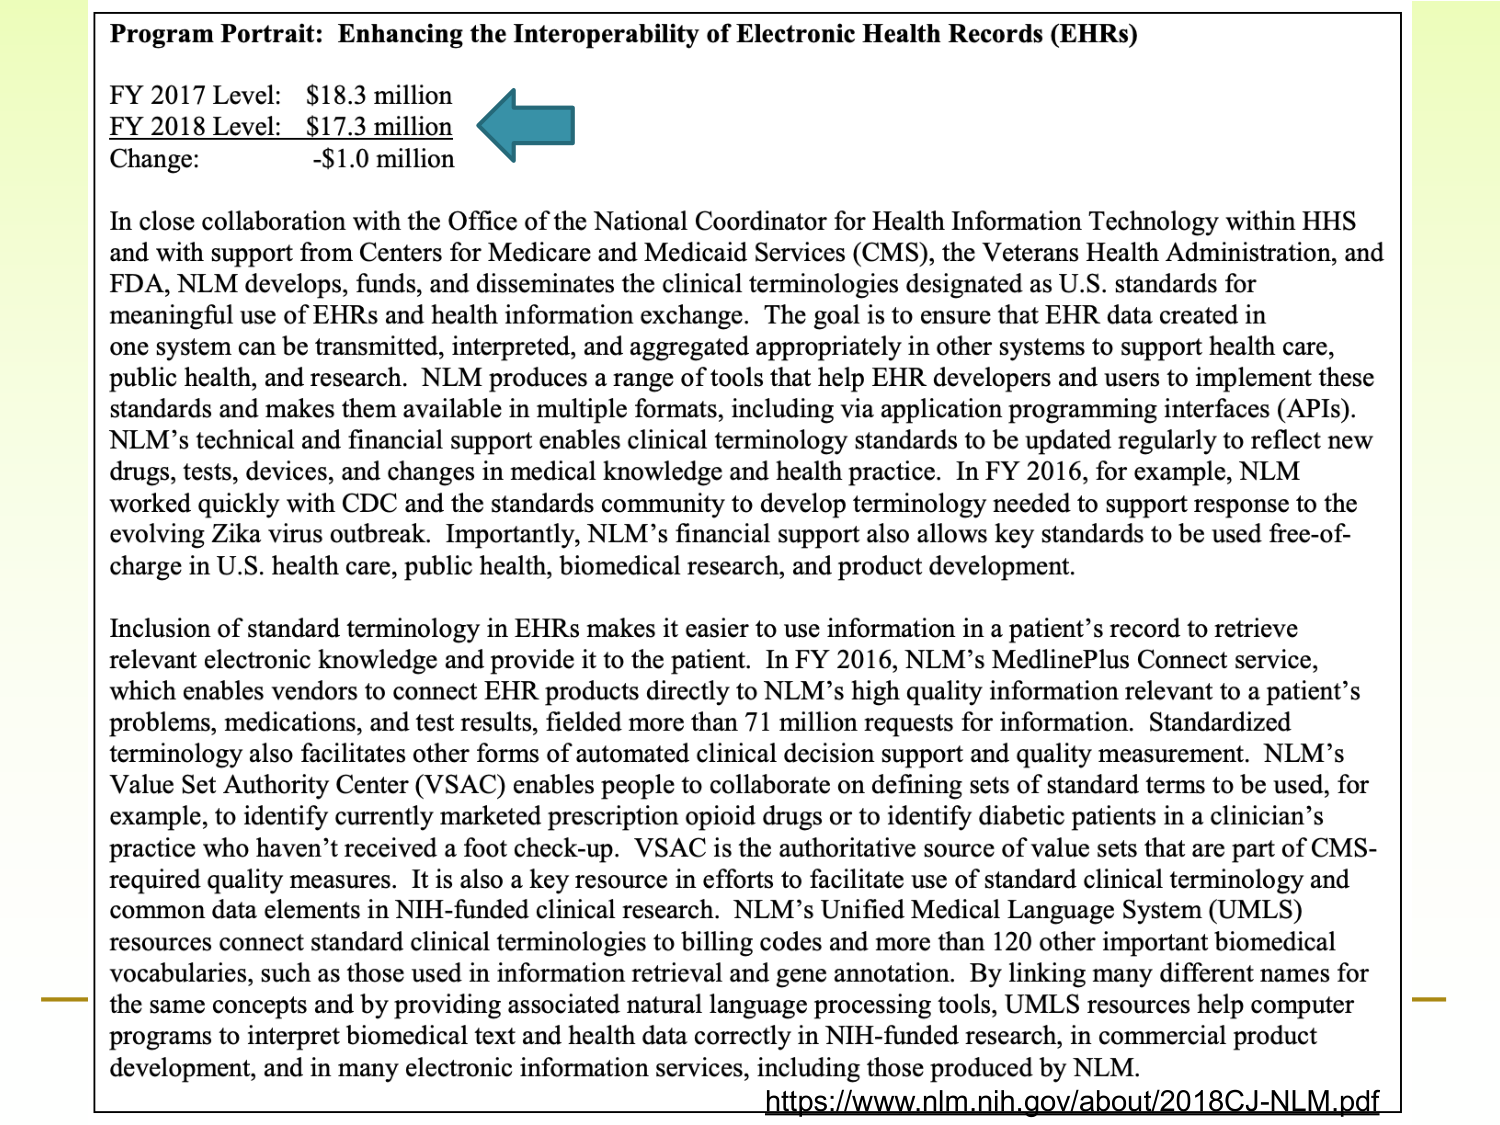
Program Portrait: Enhancing the Interoperability of Electronic Health Records (EHRs)

FY 2017 Level: $18.3 million
FY 2018 Level: $17.3 million
Change: -$1.0 million

In close collaboration with the Office of the National Coordinator for Health Information Technology within HHS and with support from Centers for Medicare and Medicaid Services (CMS), the Veterans Health Administration, and FDA, NLM develops, funds, and disseminates the clinical terminologies designated as U.S. standards for meaningful use of EHRs and health information exchange. The goal is to ensure that EHR data created in one system can be transmitted, interpreted, and aggregated appropriately in other systems to support health care, public health, and research. NLM produces a range of tools that help EHR developers and users to implement these standards and makes them available in multiple formats, including via application programming interfaces (APIs). NLM’s technical and financial support enables clinical terminology standards to be updated regularly to reflect new drugs, tests, devices, and changes in medical knowledge and health practice. In FY 2016, for example, NLM worked quickly with CDC and the standards community to develop terminology needed to support response to the evolving Zika virus outbreak. Importantly, NLM’s financial support also allows key standards to be used free-of-charge in U.S. health care, public health, biomedical research, and product development.

Inclusion of standard terminology in EHRs makes it easier to use information in a patient’s record to retrieve relevant electronic knowledge and provide it to the patient. In FY 2016, NLM’s MedlinePlus Connect service, which enables vendors to connect EHR products directly to NLM’s high quality information relevant to a patient’s problems, medications, and test results, fielded more than 71 million requests for information. Standardized terminology also facilitates other forms of automated clinical decision support and quality measurement. NLM’s Value Set Authority Center (VSAC) enables people to collaborate on defining sets of standard terms to be used, for example, to identify currently marketed prescription opioid drugs or to identify diabetic patients in a clinician’s practice who haven’t received a foot check-up. VSAC is the authoritative source of value sets that are part of CMS-required quality measures. It is also a key resource in efforts to facilitate use of standard clinical terminology and common data elements in NIH-funded clinical research. NLM’s Unified Medical Language System (UMLS) resources connect standard clinical terminologies to billing codes and more than 120 other important biomedical vocabularies, such as those used in information retrieval and gene annotation. By linking many different names for the same concepts and by providing associated natural language processing tools, UMLS resources help computer programs to interpret biomedical text and health data correctly in NIH-funded research, in commercial product development, and in many electronic information services, including those produced by NLM.

https://www.nlm.nih.gov/about/2018CJ-NLM.pdf